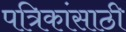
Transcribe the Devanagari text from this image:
पत्रिकांसाठी